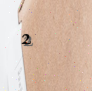
2